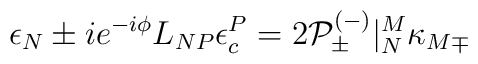
\epsilon _{N}\pm ie^{-i\phi }L_{NP}\epsilon ^{P}_{c}=2{\cal P}^{(-)}_{\pm }|_{N}^{M}\kappa _{M\mp }